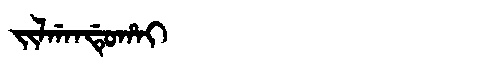
Manchu: ᠵᡳᠯᡤᠠᠨᡩᡠᡥᠠᡳ
Romanization: JILGANDUHAI